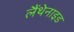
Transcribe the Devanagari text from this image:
लैंथेनाइड